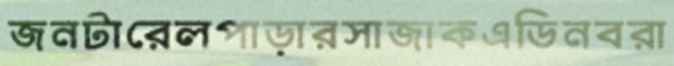
জনটারেলপাড়ারসাজাকএডিনবরা